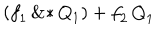
\left( \! \, { { f } _ { 1 } } \, \mathrm { \& * } \, { { Q } _ { 1 } } \, \! \right) + { { f } _ { 2 } } \, { { Q } _ { 1 } }